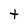
Character: t